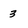
Character: 3